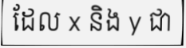
ដែល x និង y ជា